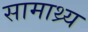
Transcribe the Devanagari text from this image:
सामाथ्र्य